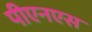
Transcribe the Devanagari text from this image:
पीएनएस